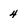
Character: 4